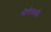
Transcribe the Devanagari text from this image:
धोबीवाली